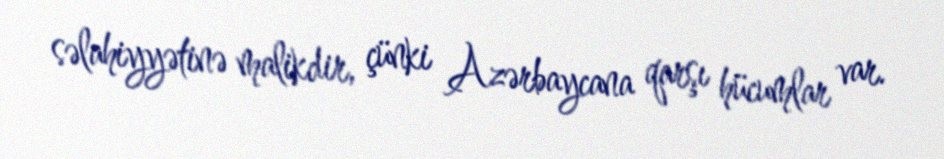
səlahiyyətinə malikdir, çünki Azərbaycana qarşı hücumlar var.